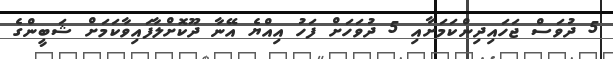
5 ދުވަސް ޖަހައިދިންކަމަށާއި 5 ދުވަހަށް ފަހު އިއްޔެ އޭނާ ދޫކޮށްލާފައިވާކަމަށް ޝަބީންގެ